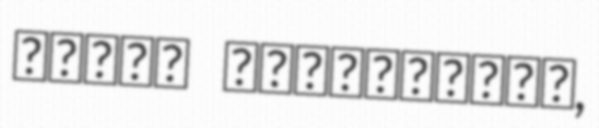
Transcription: Արաքս Մանսուրյան,